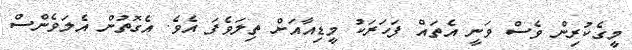
މީގެކުރިން ވެސް ވަނީ އެތައް ފަހަރަކު މީޑިއާއަށް ތިލަވެފަ އެވެ. އެގޮތުން އެލަވެންސް